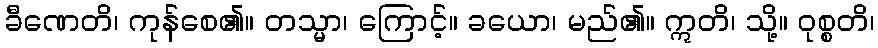
ခီဏေတိ၊ ကုန်စေ၏။ တသ္မာ၊ ကြောင့်။ ခယော၊ မည်၏။ ဣတိ၊ သို့။ ဝုစ္စတိ၊